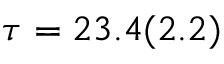
\tau = 2 3 . 4 ( 2 . 2 )